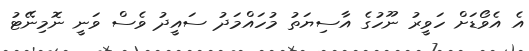
އެ އެވޯޑަށް ހަވީރު ނޫހުގެ އާސިޔަތު މުހައްމަދު ސައީދު ވެސް ވަނީ ނޮމިނޭޓު